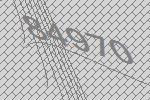
84970